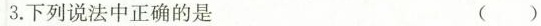
3.下列说法中正确的是 ()